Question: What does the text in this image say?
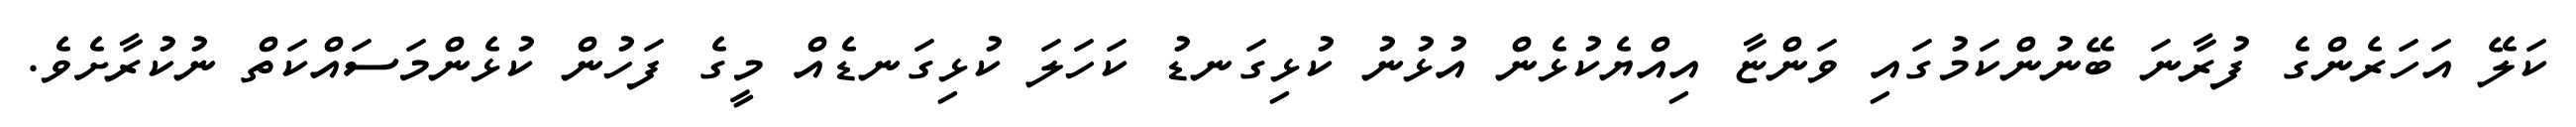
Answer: ކަލޭ އަހަރެންގެ ފުރާނަ ބޭނުންކަމުގައި ވަންޏާ އިއްޔެކުޅެން އުޅުނު ކުޅިގަނޑު ކަހަލަ ކުޅިގަނޑެއް މީގެ ފަހުން ކުޅެންމަސައްކަތް ނުކުރާށެވެ.